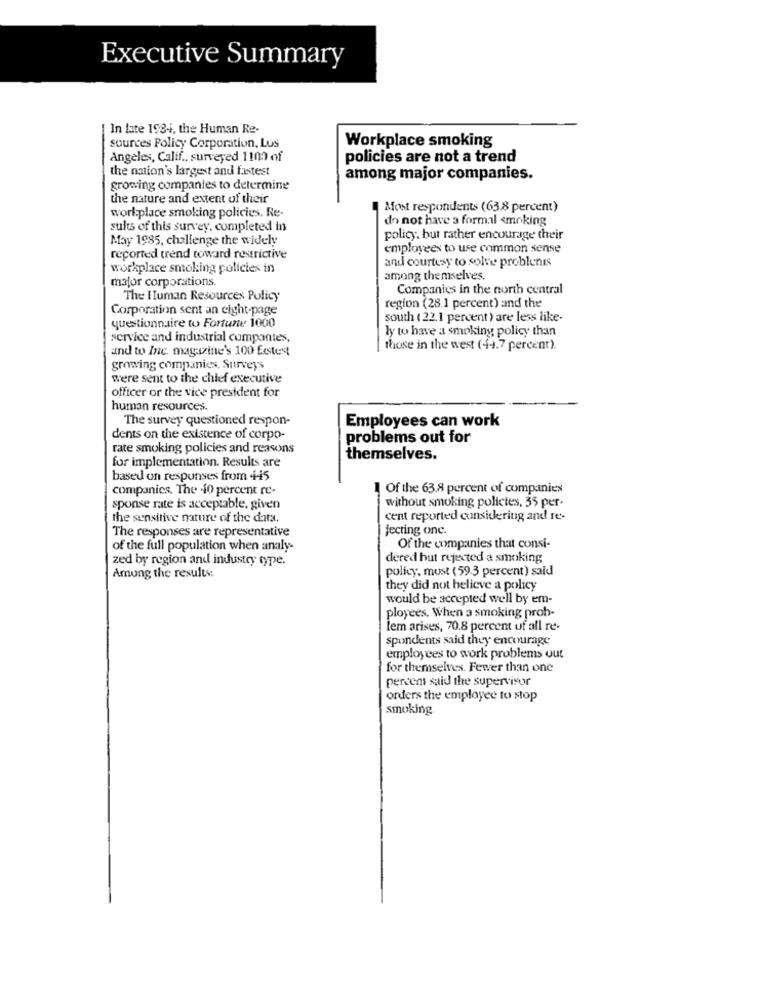
Executive Summary
In late 198-i, the Human Re-
Workplace smoking
sources Policy Corporation, Los
Angeles, Calif ., surveyed 1100 of
policies are not a trend
the nation's largest and fastest
among major companies.
growing companies to determine
the nature and extent of their
Most respondents (63.8 percent)
workplace smoking policies. Re-
do not have a formal <moking
sults of this survey, completed in
May 1985, challenge the widely
policy, but rather encourage their
employees to use common sense
reported trend toward restrictive
and courtesy to solve problenis
workplace smoking policies in
mafor corporations.
among themselves.
Companies in the north central
The Human Resources Policy
Corporation sent an eight-page
region (28.1 percent) and the
south (22.1 percent) are less like-
questionnaire to Fortune 1000
ly to have a smoking policy than
service and industrial companies,
and to Ine magazine's 100 Eestest
those in the west (44.7 percent).
growing companies, Surveys
were sent to the chief executive
officer or the vice president for
human resources.
The survey questioned respon-
Employees can work
dents on the existence of corpo-
problems out for
rate smoking policies and reasons
for implementation. Results are
themselves.
based on responses from +45
companies. The 40 percent re-
Of the 63.8 percent of companies
without smoking polictes, 35 per-
sponse rate is acceptable, given
the sensitive nature of the data.
cent reported considering and re-
The responses are representative
jecting onc.
Of the companies that consi-
of the full population when analy-
zed by region and industry type.
dered but rejected a smoking
policy, must (59.3 percent) said
Among the results:
they did not believe a policy
would be accepted well by em-
ployees. When a smoking prob-
lem arises, 70.8 percent of all re-
spondents said they encourage
employees to work problems out
for themselves. Fewer than one
pervens said the supervisor
orders the employee to stop
smoking